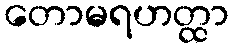
တောမရဟတ္ထာ